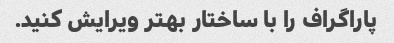
پاراگراف را با ساختار بهتر ویرایش کنید.